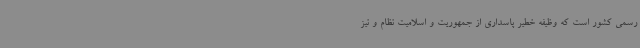
رسمی کشور است که وظیفه خطیر پاسداری از جمهوریت و اسلامیت نظام و نیز